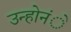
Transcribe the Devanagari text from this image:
उन्होनंे